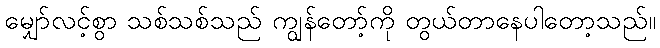
မျှော်လင့်စွာ သစ်သစ်သည် ကျွန်တော့်ကို တွယ်တာနေပါတော့သည်။